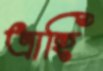
ত্রাহি